Indian journal of veterinary science and animal husbandry - Volume 7,
Year: 1937
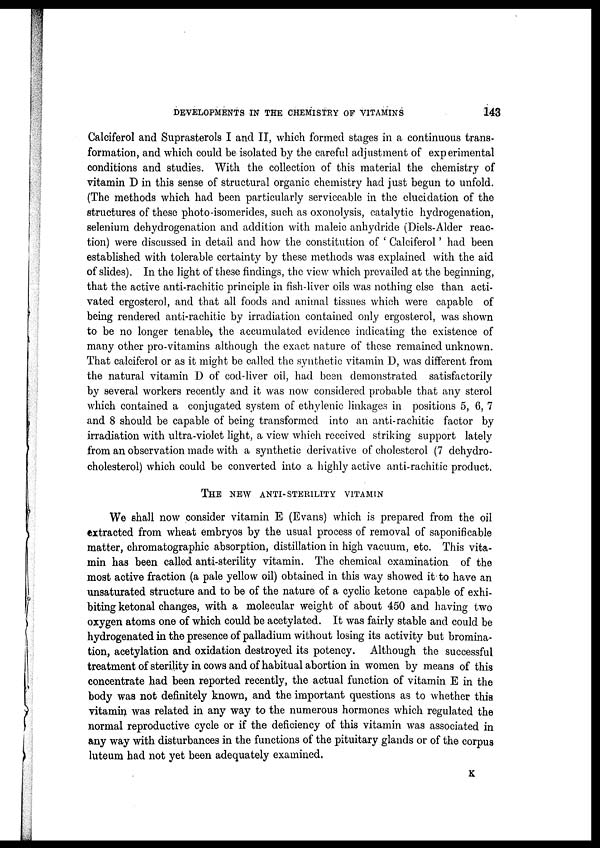
DEVELOPMENTS IN THE CHEMISTRY OF VITAMINS
143
Calciferol and Suprasterols I and II, which formed stages in a continuous trans-
formation, and which could be isolated by the careful adjustment of experimental
conditions and studies. With the collection of this material the chemistry of
vitamin D in this sense of structural organic chemistry had just begun to unfold.
(The methods which had been particularly serviceable in the elucidation of the
structures of these photo-isomerides, such as oxonolysis, catalytic hydrogenation,
selenium dehydrogenation and addition with maleic anhydride (Diels-Alder reac-
tion) were discussed in detail and how the constitution of ' Calciferol ' had been
established with tolerable certainty by these methods was explained with the aid
of slides). In the light of these findings, the view which prevailed at the beginning,
that the active anti-rachitic principle in fish-liver oils was nothing else than acti-
vated ergosterol, and that all foods and animal tissues which were capable of
being rendered anti-rachitic by irradiation contained only ergosterol, was shown
to be no longer tenable the accumulated evidence indicating the existence of
many other pro-vitamins although the exact nature of these remained unknown.
That calciferol or as it might be called the synthetic vitamin D, was different from
the natural vitamin D of cod-liver oil, had been demonstrated satisfactorily
by several workers recently and it was now considered probable that any sterol
which contained a conjugated system of ethylenic linkages in positions 5, 6, 7
and 8 should be capable of being transformed into an anti-rachitic factor by
irradiation with ultra-violet light, a view which received striking support lately
from an observation made with a synthetic derivative of cholesterol (7 dehydro¬
cholesterol) which could be converted into a highly active anti-rachitic product.
THE NEW ANTI-STERILITY VITAMIN
We shall now consider vitamin E (Evans) which is prepared from the oil
extracted from wheat embryos by the usual process of removal of saponificable
matter, chromatographic absorption, distillation in high vacuum, etc. This vita-
min has been called anti-sterility vitamin. The chemical examination of the
most active fraction (a pale yellow oil) obtained in this way showed it to have an
unsaturated structure and to be of the nature of a cyclic ketone capable of exhi-
biting ketonal changes, with a molecular weight of about 450 and having two
oxygen atoms one of which could be acetylated. It was fairly stable and could be
hydrogenated in the presence of palladium without losing its activity but bromina¬
tion, acetylation and oxidation destroyed its potency. Although the successful
treatment of sterility in cows and of habitual abortion in women by means of this
concentrate had been reported recently, the actual function of vitamin E in the
body was not definitely known, and the important questions as to whether this
vitamin was related in any way to the numerous hormones which regulated the
normal reproductive cycle or if the deficiency of this vitamin was associated in
any way with disturbances in the functions of the pituitary glands or of the corpus
luteum had not yet been adequately examined.
K